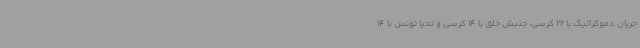
جریان دموکراتیک با 22 کرسی، جنبش خلق با 14 کرسی و تحیا تونس با 14